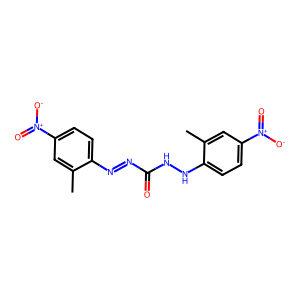
SMILES: Cc1cc([N+](=O)[O-])ccc1N=NC(=O)NNc1ccc([N+](=O)[O-])cc1C
Inhibits HIV replication: No